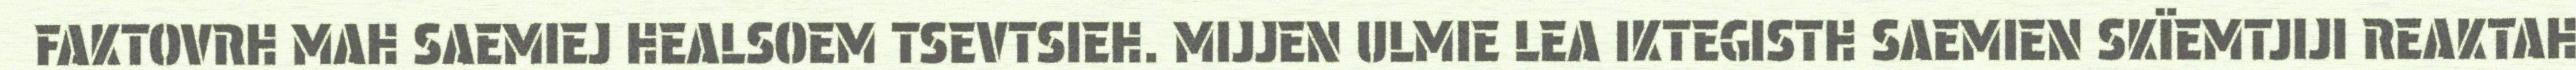
FAKTOVRH MAH SAEMIEJ HEALSOEM TSEVTSIEH. MIJJEN ULMIE LEA IKTEGISTH SAEMIEN SKÏEMTJIJI REAKTAH